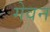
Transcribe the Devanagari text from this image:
गेवन